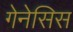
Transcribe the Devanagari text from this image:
गेनेसिस